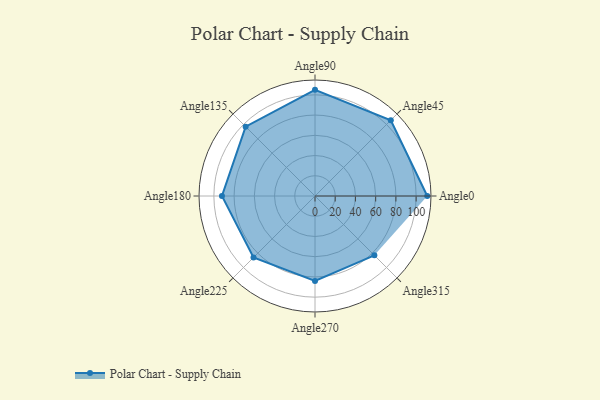
{"axis": {"x": "Angle", "y": "Radius"}, "legend": [""], "data": [{"x": "Angle0", "y": 111.0, "type": ""}, {"x": "Angle45", "y": 106.0, "type": ""}, {"x": "Angle90", "y": 105.0, "type": ""}, {"x": "Angle135", "y": 97.0, "type": ""}, {"x": "Angle180", "y": 92.0, "type": ""}, {"x": "Angle225", "y": 86.0, "type": ""}, {"x": "Angle270", "y": 84.0, "type": ""}, {"x": "Angle315", "y": 83.0, "type": ""}]}